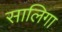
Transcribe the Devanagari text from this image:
सालिगा